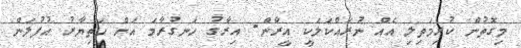
މިގޮތުން ކުރިމަތިލި އެއް ނުރައްކަލަކީ އީރާން- އިރާގު ހަނގުރާމަ އަށް ހަތިޔާރު އުފުލަން